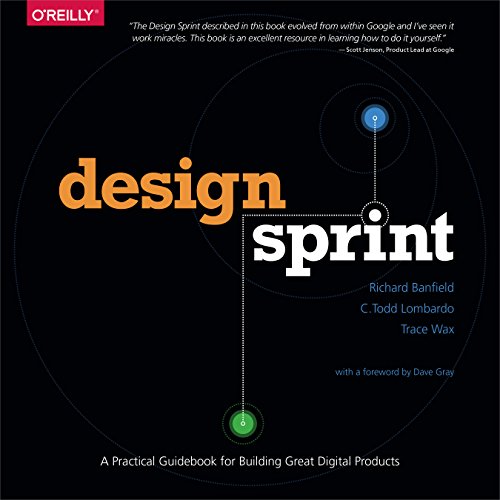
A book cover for Design Sprint: A Practical Guidebook for Building Great Digital Products; Richard Banfield; Arts & Photography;